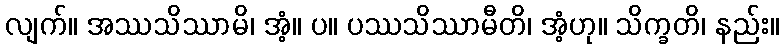
လျက်။ အဿသိဿာမိ၊ အံ့။ ပ။ ပဿသိဿာမီတိ၊ အံ့ဟု။ သိက္ခတိ၊ နည်း။